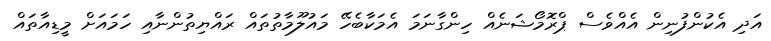
އަދި އެކުންފުނިން އެއްވެސް ޕްރޮމޯޝަނެއް ހިންގާނަމަ އެމަކާބެހޭ މައުލޫމާތުތައް ރައްޔިތުންނާއި ހަމައަށް މީޑިއާތައް